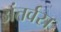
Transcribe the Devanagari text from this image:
अंतर्वस्र